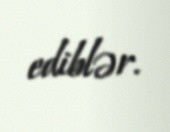
ediblər.